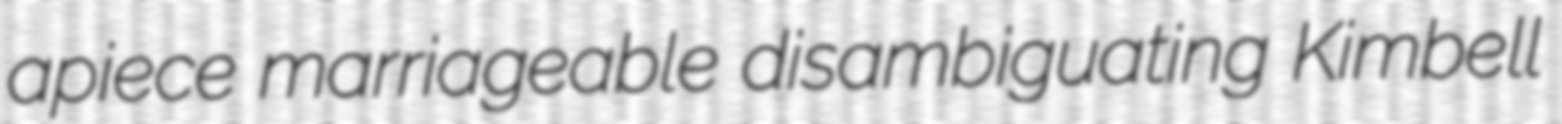
apiece marriageable disambiguating Kimbell